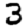
Digit: 3